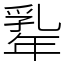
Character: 𢆡